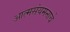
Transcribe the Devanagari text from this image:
आत्मसंयमनाचे